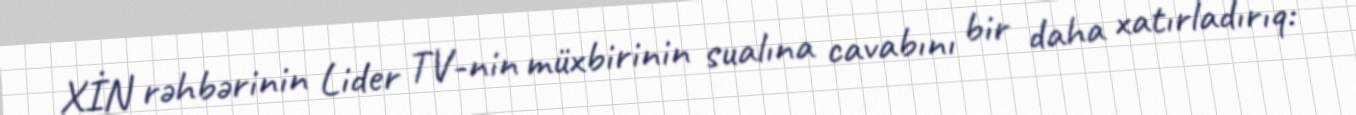
XİN rəhbərinin Lider TV-nin müxbirinin sualına cavabını bir daha xatırladırıq: